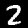
Digit: 2